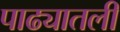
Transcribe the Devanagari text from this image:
पाढ्यातली